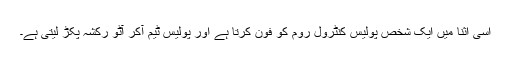
اسی اثنا میں ایک شخص پولیس کنٹرول روم کو فون کرتا ہے اور پولیس ٹیم آکر آٹو رکشہ پکڑ لیتی ہے۔